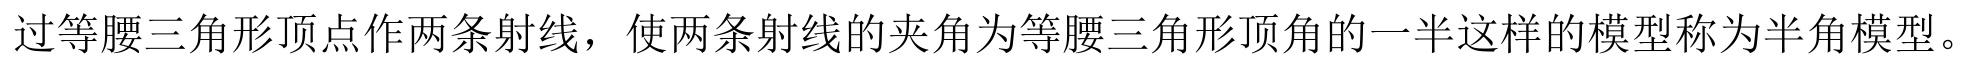
过等腰三角形顶点作两条射线，使两条射线的夹角为等腰三角形顶角的一半这样的模型称为半角模型。